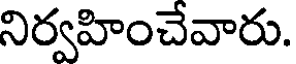
నిర్వహించేవారు.